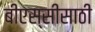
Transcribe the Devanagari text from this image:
बीएस्‌सीसाठी